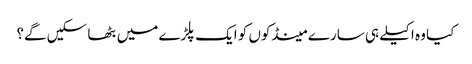
کیا وہ اکیلے ہی سارے مینڈکوں کو ایک پلڑے میں بٹھا سکیں گے؟